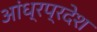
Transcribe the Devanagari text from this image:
अांध्रप्रदेश